Report on the working of the Ranchi Indian Mental Hospital, Kanke, in Bihar and Orissa - 1930-1940
Year: 1930
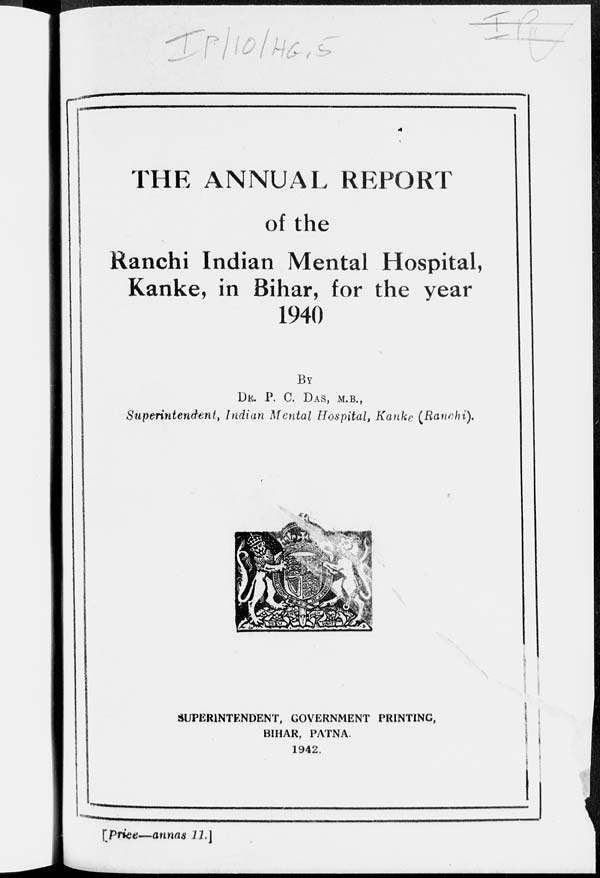
THE ANNUAL REPORT
of the
Ranchi Indian Mental Hospital,
Kanke, in Bihar, for the year
1940
BY
DR. P. C. DAS, M.B.,
Superintendent, Indian Mental Hospital, Kanke (Ranchi).
SUPERINTENDENT, GOVERNMENT PRINTING,
BIHAR, PATNA.
1942.
[Price—annas 11.]